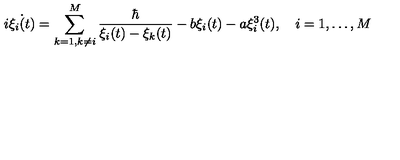
i \dot { \xi _ { i } ( t ) } = \sum _ { k = 1 , k \neq i } ^ { M } \frac { \hbar } { \xi _ { i } ( t ) - \xi _ { k } ( t ) } - b \xi _ { i } ( t ) - a \xi _ { i } ^ { 3 } ( t ) , \quad i = 1 , \dots , M